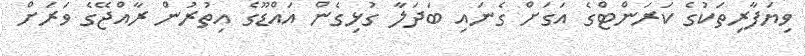
ވިޔަފާރިތަކުގެ ކަރަންޓްގެ އަގަށް ގެނައި ބަދަލާ ގުޅިގެން އައްޑޫގެ އިތުރުން ރާއްޖޭގެ ވަރަށް